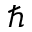
\hbar